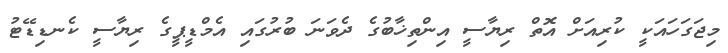
މިޖަގަހައަކީ ކުރިއަށް އޮތް ރިޔާސީ އިންތިޚާބުގެ ދެވަނަ ބުރުގައި އެމްޑީޕީގެ ރިޔާސީ ކެނޑިޑޭޓު